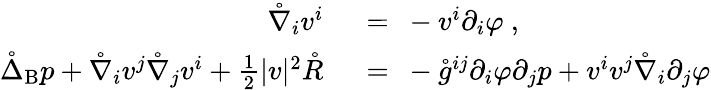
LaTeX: \begin{array}{rl}{\mathring{\nabla}_{i}v^{i}\ }&{{}=\ -v^{i}\partial_{i}\varphi~,}\\ {\mathring{\Delta}_{\mathrm{B}}p+\mathring{\nabla}_{i}v^{j}\mathring{\nabla}_{j}v^{i}+\frac 12|v|^{2}\mathring{R}\ }&{{}=\ -\mathring{g}^{ij}\partial_{i}\varphi\partial_{j}p+v^{i}v^{j}\mathring{\nabla}_{i}\partial_{j}\varphi}\end{array}